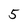
Character: 5